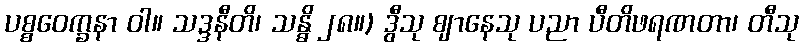
ပစ္စဝေက္ခနာ ဝါ။ သဒ္ဒနီတိ၊ သန္ဓိ ၂၈။) ဒွီသု ဈာနေသု ပညာ ပီတိဖရဏတာ၊ တီသု